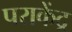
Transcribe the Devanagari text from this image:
पराकेंद्र